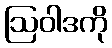
ဩဝါဒကို